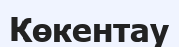
Көкентау